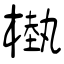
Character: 槸